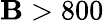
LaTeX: \mathbf{B}>800